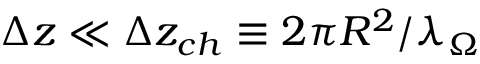
\Delta z \ll \Delta z _ { c h } \equiv 2 \pi R ^ { 2 } / \lambda _ { \Omega }